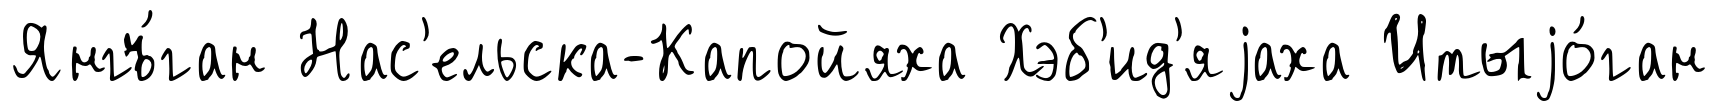
Янгъ́ган Нас'ельска-Капойяха Хэб'ид'яjаха Итыjо́ган